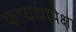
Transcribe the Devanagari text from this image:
फायद्यापेक्षा